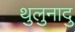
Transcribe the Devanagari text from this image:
थुलुनादु